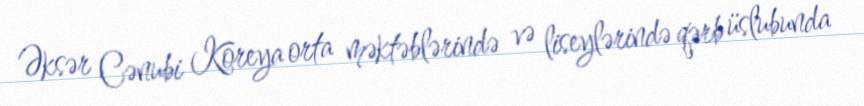
Əksər Cənubi Koreya orta məktəblərində və liseylərində qərb üslubunda